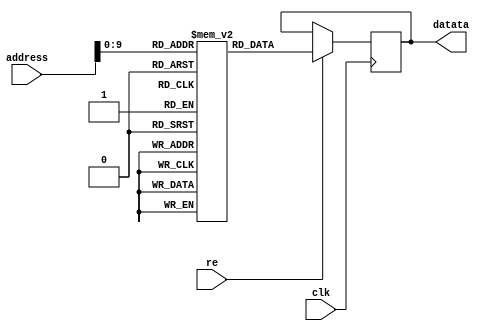
module database_weight(clk,datata,re,address);

	parameter SIZE=0;

	input 							clk; 		// clock
	output	reg	signed	[SIZE-1:0]	datata;		// read data
	input 							re; 		// read signal, write signal 
	input 				[15:0] 		address;	// read address from database_weight to RAM

   
	reg signed [SIZE-1:0] storage [989:0];

	initial begin
//conv1.depthwise.depthwise.weight
storage[0] = -14'b00_00100101110;
storage[1] = 14'b00_01000101001;
storage[2] = 14'b00_01001010101;
storage[3] = 14'b00_01001110011;
storage[4] = 14'b00_01100101101;
storage[5] = -14'b00_00101110000;
storage[6] = -14'b00_01010100111;
storage[7] = 14'b00_01001111001;
storage[8] = -14'b00_00101101001;
//conv1.pointwise.pointwise.weight
storage[9] = 14'b00_00111010010;
storage[10] = -14'b01_00000100110;
storage[11] = 14'b00_11010001101;
//DB1.denseblock.0.dense_conv.depth
storage[12] = -14'b00_01000100010;
storage[13] = 14'b00_01101111001;
storage[14] = 14'b00_01000100001;
storage[15] = -14'b00_00111010000;
storage[16] = 14'b00_01011111011;
storage[17] = -14'b00_01001000001;
storage[18] = -14'b00_00011011101;
storage[19] = 14'b00_00000011001;
storage[20] = -14'b00_00010110000;
storage[21] = -14'b00_01010011101;
storage[22] = 14'b00_01000001001;
storage[23] = 14'b00_01110100101;
storage[24] = -14'b00_01010000110;
storage[25] = -14'b00_11010110000;
storage[26] = -14'b00_01111000000;
storage[27] = 14'b00_01101100111;
storage[28] = -14'b00_01010000000;
storage[29] = 14'b00_00101101100;
storage[30] = -14'b00_01010110100;
storage[31] = -14'b00_00100001100;
storage[32] = 14'b00_00110000101;
storage[33] = -14'b00_00000100011;
storage[34] = -14'b00_01000011001;
storage[35] = -14'b00_00010001000;
storage[36] = -14'b00_01100111110;
storage[37] = -14'b00_00100011110;
storage[38] = -14'b00_01001010010;
//DB1.denseblock.0.dense_conv.point
storage[39] = 14'b00_00001011111;
storage[40] = 14'b00_10010100000;
storage[41] = -14'b00_10001100101;
storage[42] = -14'b01_11010000000;
storage[43] = 14'b00_11000110101;
storage[44] = -14'b00_00011001101;
storage[45] = 14'b00_11101100101;
storage[46] = -14'b00_01011010010;
storage[47] = 14'b00_00111111010;
//DB1.denseblock.1.dense_conv.depth
storage[48] = 14'b00_01001011110;
storage[49] = 14'b00_00001001101;
storage[50] = 14'b00_00111101011;
storage[51] = 14'b00_01101000110;
storage[52] = -14'b00_00001010011;
storage[53] = 14'b00_00001000101;
storage[54] = -14'b00_00010101011;
storage[55] = 14'b00_00101111000;
storage[56] = 14'b00_00110100111;
storage[57] = -14'b00_00010110011;
storage[58] = 14'b00_00010010001;
storage[59] = 14'b01_01101010110;
storage[60] = -14'b00_00001100001;
storage[61] = 14'b00_00110101101;
storage[62] = 14'b00_00001001000;
storage[63] = 14'b00_11000111110;
storage[64] = 14'b00_10110111010;
storage[65] = 14'b00_11000010000;
storage[66] = 14'b00_01010000111;
storage[67] = 14'b00_10010111001;
storage[68] = -14'b00_00000111001;
storage[69] = 14'b00_10001110010;
storage[70] = 14'b00_00001001111;
storage[71] = -14'b00_00101111101;
storage[72] = 14'b00_00100110001;
storage[73] = 14'b00_01001100010;
storage[74] = 14'b00_00011001101;
storage[75] = 14'b00_01001010010;
storage[76] = 14'b00_00000101101;
storage[77] = -14'b00_00101010101;
storage[78] = 14'b00_01010100110;
storage[79] = 14'b00_00100011000;
storage[80] = 14'b00_00000010010;
storage[81] = 14'b00_00111110110;
storage[82] = 14'b00_00001110111;
storage[83] = 14'b00_01011101010;
storage[84] = -14'b00_00110101011;
storage[85] = -14'b00_00111110100;
storage[86] = -14'b00_00101101111;
storage[87] = -14'b00_01011010110;
storage[88] = 14'b00_00011100101;
storage[89] = -14'b00_01111001010;
storage[90] = 14'b00_00011111011;
storage[91] = -14'b00_00010001110;
storage[92] = -14'b00_01000000101;
storage[93] = 14'b00_01000110011;
storage[94] = 14'b00_00001111111;
storage[95] = 14'b01_00000010110;
storage[96] = -14'b00_00000111001;
storage[97] = 14'b00_00011100000;
storage[98] = 14'b00_10110110011;
storage[99] = 14'b00_00110011011;
storage[100] = 14'b00_01100101011;
storage[101] = 14'b00_11110010101;
//DB1.denseblock.1.dense_conv.point
storage[102] = -14'b00_00001101010;
storage[103] = 14'b00_10010011111;
storage[104] = 14'b00_00111011111;
storage[105] = 14'b00_00110011001;
storage[106] = -14'b00_10010001001;
storage[107] = 14'b00_10011011111;
storage[108] = 14'b00_01111001111;
storage[109] = -14'b10_00010100000;
storage[110] = 14'b00_01011111111;
storage[111] = 14'b00_01011101011;
storage[112] = 14'b00_00110011101;
storage[113] = -14'b00_01010010100;
storage[114] = 14'b00_00011011000;
storage[115] = -14'b00_01000110010;
storage[116] = 14'b00_01101011001;
storage[117] = -14'b00_00000110000;
storage[118] = -14'b00_01110000110;
storage[119] = -14'b01_01000100000;
//DB1.denseblock.2.dense_conv.depth
storage[120] = -14'b00_11111010100;
storage[121] = -14'b00_00011111000;
storage[122] = 14'b00_11010110011;
storage[123] = 14'b00_00111001110;
storage[124] = -14'b00_00001010101;
storage[125] = 14'b00_01011011001;
storage[126] = -14'b00_11001100101;
storage[127] = -14'b01_00111001100;
storage[128] = -14'b00_00010100011;
storage[129] = 14'b00_01111110010;
storage[130] = 14'b00_01110111010;
storage[131] = -14'b00_00000011111;
storage[132] = 14'b00_11000110101;
storage[133] = -14'b00_00101100101;
storage[134] = -14'b00_10110000001;
storage[135] = 14'b00_01111110001;
storage[136] = -14'b00_01100100010;
storage[137] = -14'b00_00110110100;
storage[138] = 14'b00_00011100100;
storage[139] = 14'b00_01000110100;
storage[140] = -14'b00_00111001111;
storage[141] = 14'b00_01000010001;
storage[142] = -14'b00_01000001111;
storage[143] = -14'b00_01001000011;
storage[144] = 14'b00_00011110010;
storage[145] = -14'b00_00110110111;
storage[146] = -14'b00_01110101101;
storage[147] = -14'b00_00111010111;
storage[148] = 14'b00_00111011100;
storage[149] = 14'b00_00010101011;
storage[150] = -14'b00_00111111100;
storage[151] = 14'b00_01100000101;
storage[152] = 14'b00_01100110111;
storage[153] = 14'b00_00100000000;
storage[154] = 14'b00_00100010001;
storage[155] = 14'b00_00010101011;
storage[156] = 14'b00_01100100111;
storage[157] = -14'b00_01100010011;
storage[158] = -14'b00_00100001000;
storage[159] = -14'b00_10001110111;
storage[160] = -14'b00_01000101000;
storage[161] = -14'b00_01110100111;
storage[162] = -14'b00_11010000111;
storage[163] = 14'b00_00110111100;
storage[164] = -14'b00_01100011101;
storage[165] = -14'b00_11110110110;
storage[166] = -14'b00_10000111100;
storage[167] = -14'b00_10100100111;
storage[168] = -14'b01_00000110100;
storage[169] = -14'b00_10101101110;
storage[170] = -14'b00_11011000010;
storage[171] = -14'b00_10100000111;
storage[172] = -14'b01_00111101000;
storage[173] = -14'b01_01001001010;
storage[174] = 14'b00_00111011000;
storage[175] = -14'b00_00111000001;
storage[176] = 14'b00_01001001100;
storage[177] = 14'b00_00001010010;
storage[178] = -14'b00_00000111110;
storage[179] = -14'b00_01011010010;
storage[180] = 14'b00_00100100100;
storage[181] = 14'b00_00100111010;
storage[182] = 14'b00_00111000010;
storage[183] = -14'b00_00111111111;
storage[184] = 14'b00_00101110000;
storage[185] = -14'b00_00011011010;
storage[186] = -14'b00_00001011001;
storage[187] = 14'b00_00000001000;
storage[188] = -14'b00_00000000010;
storage[189] = -14'b00_00110101000;
storage[190] = 14'b00_00100001110;
storage[191] = -14'b00_01010100011;
storage[192] = 14'b00_00001100110;
storage[193] = 14'b00_00101111100;
storage[194] = 14'b00_00110100100;
storage[195] = -14'b00_00110001100;
storage[196] = 14'b00_00010001001;
storage[197] = 14'b00_01010010010;
storage[198] = -14'b00_00000101111;
storage[199] = -14'b00_00110101100;
storage[200] = 14'b00_00111010000;
//DB1.denseblock.2.dense_conv.point
storage[201] = -14'b00_01101110001;
storage[202] = 14'b00_11000000000;
storage[203] = -14'b00_10010010000;
storage[204] = 14'b00_00100011000;
storage[205] = -14'b00_01010010010;
storage[206] = -14'b00_00111100001;
storage[207] = -14'b00_00110000000;
storage[208] = -14'b00_00010000000;
storage[209] = 14'b00_00010010101;
storage[210] = -14'b00_01001110101;
storage[211] = -14'b00_00101111010;
storage[212] = 14'b00_00010111011;
storage[213] = 14'b00_00000010100;
storage[214] = -14'b00_00101011110;
storage[215] = 14'b01_00010001010;
storage[216] = 14'b00_01000000011;
storage[217] = -14'b00_01000000100;
storage[218] = -14'b00_00001010010;
storage[219] = 14'b00_00000111110;
storage[220] = 14'b00_00011000000;
storage[221] = -14'b00_00101110100;
storage[222] = 14'b00_00010111110;
storage[223] = 14'b00_00010010011;
storage[224] = 14'b00_10001110110;
storage[225] = -14'b00_01110000010;
storage[226] = -14'b00_01011110101;
storage[227] = -14'b00_11100100110;
//conv1_1.depthwise.depthwise.weigh
storage[228] = 14'b00_01001110110;
storage[229] = -14'b00_00110010101;
storage[230] = -14'b00_00100110100;
storage[231] = 14'b00_01010111101;
storage[232] = 14'b00_01101111011;
storage[233] = -14'b00_00101011000;
storage[234] = 14'b00_01010111100;
storage[235] = 14'b00_00101000011;
storage[236] = 14'b00_00111010101;
//conv1_1.pointwise.pointwise.weigh
storage[237] = 14'b00_01101000100;
storage[238] = 14'b00_01111010010;
storage[239] = -14'b01_01010001010;
//DB2.denseblock.0.dense_conv.depth
storage[240] = 14'b00_01001110001;
storage[241] = -14'b00_00011000000;
storage[242] = 14'b00_00011011010;
storage[243] = 14'b00_00011100101;
storage[244] = -14'b00_00010110011;
storage[245] = 14'b00_00110101111;
storage[246] = -14'b00_00000111110;
storage[247] = 14'b00_01100110100;
storage[248] = 14'b00_00101011001;
storage[249] = 14'b00_00000110011;
storage[250] = -14'b00_00111011111;
storage[251] = 14'b00_01110001111;
storage[252] = -14'b00_00110010111;
storage[253] = -14'b00_01011001000;
storage[254] = -14'b00_01001110011;
storage[255] = -14'b00_01100011000;
storage[256] = 14'b00_00110010101;
storage[257] = -14'b00_00100001100;
storage[258] = -14'b00_10001010111;
storage[259] = -14'b00_01101101110;
storage[260] = 14'b00_00111010000;
storage[261] = -14'b00_11000100011;
storage[262] = 14'b00_00001000100;
storage[263] = -14'b00_01110001010;
storage[264] = -14'b01_00001010100;
storage[265] = -14'b00_00111101001;
storage[266] = -14'b00_01011011101;
//DB2.denseblock.0.dense_conv.point
storage[267] = 14'b00_01101001001;
storage[268] = 14'b00_01101000111;
storage[269] = 14'b00_11011011010;
storage[270] = 14'b00_01001110111;
storage[271] = -14'b00_01101111010;
storage[272] = -14'b00_00101001011;
storage[273] = -14'b00_00111000011;
storage[274] = -14'b00_10001001010;
storage[275] = 14'b00_00000111001;
//DB2.denseblock.1.dense_conv.depth
storage[276] = 14'b00_01110011111;
storage[277] = -14'b00_00100001011;
storage[278] = 14'b00_01100110100;
storage[279] = 14'b00_01101010111;
storage[280] = 14'b00_00110011001;
storage[281] = -14'b00_00100101001;
storage[282] = -14'b00_00011000110;
storage[283] = 14'b00_01000111101;
storage[284] = 14'b00_01000011010;
storage[285] = 14'b00_00101001100;
storage[286] = -14'b00_01000001001;
storage[287] = -14'b00_00011101101;
storage[288] = 14'b00_00110000100;
storage[289] = -14'b00_00101101110;
storage[290] = 14'b00_01110110001;
storage[291] = -14'b00_00010111010;
storage[292] = -14'b00_00101001110;
storage[293] = 14'b00_01010111100;
storage[294] = -14'b01_00010001000;
storage[295] = -14'b00_01101001100;
storage[296] = 14'b00_00110000100;
storage[297] = 14'b00_00110001111;
storage[298] = -14'b00_01011100000;
storage[299] = 14'b00_01111100000;
storage[300] = 14'b00_01001100000;
storage[301] = 14'b00_10000010110;
storage[302] = -14'b00_01010001101;
storage[303] = -14'b00_00010011110;
storage[304] = 14'b01_00101001110;
storage[305] = 14'b00_11000010001;
storage[306] = -14'b00_10101000101;
storage[307] = 14'b00_10011111001;
storage[308] = 14'b00_01001111110;
storage[309] = -14'b00_00100100000;
storage[310] = 14'b01_01101100110;
storage[311] = 14'b00_11111111100;
storage[312] = -14'b00_00011100011;
storage[313] = 14'b00_00010101110;
storage[314] = -14'b00_00100111000;
storage[315] = 14'b00_00001110110;
storage[316] = -14'b00_01001100111;
storage[317] = 14'b00_00111110100;
storage[318] = 14'b00_00101001100;
storage[319] = -14'b00_00011110100;
storage[320] = -14'b00_00111011001;
storage[321] = 14'b00_00110100000;
storage[322] = 14'b00_00101101001;
storage[323] = 14'b00_00100011001;
storage[324] = 14'b00_00011111100;
storage[325] = 14'b00_00010010010;
storage[326] = 14'b00_00111011000;
storage[327] = 14'b00_00001010001;
storage[328] = -14'b00_00000101101;
storage[329] = -14'b00_00101101011;
//DB2.denseblock.1.dense_conv.point
storage[330] = -14'b00_00010101010;
storage[331] = 14'b00_01011110000;
storage[332] = 14'b00_01100100011;
storage[333] = -14'b00_00000111110;
storage[334] = -14'b00_01000111011;
storage[335] = -14'b00_00011011100;
storage[336] = 14'b00_01000000011;
storage[337] = 14'b00_00100111100;
storage[338] = -14'b00_10110010010;
storage[339] = 14'b01_00110111000;
storage[340] = 14'b00_01100011110;
storage[341] = -14'b00_00000010101;
storage[342] = 14'b00_01001011000;
storage[343] = 14'b00_00111111111;
storage[344] = 14'b00_01101111001;
storage[345] = 14'b10_01000101100;
storage[346] = -14'b00_01101111001;
storage[347] = 14'b00_00100100111;
//DB2.denseblock.2.dense_conv.depth
storage[348] = 14'b00_00011111101;
storage[349] = 14'b00_01001011100;
storage[350] = 14'b00_01011011001;
storage[351] = -14'b00_00111111110;
storage[352] = -14'b00_00101000000;
storage[353] = 14'b00_00100111111;
storage[354] = 14'b00_00101010010;
storage[355] = -14'b00_00100110001;
storage[356] = 14'b00_00000000110;
storage[357] = -14'b00_00111010011;
storage[358] = -14'b00_00011101100;
storage[359] = -14'b00_00001001100;
storage[360] = -14'b00_00011010111;
storage[361] = 14'b00_00011010101;
storage[362] = 14'b00_00001010000;
storage[363] = -14'b00_01000000001;
storage[364] = -14'b00_00111101111;
storage[365] = -14'b00_01010010101;
storage[366] = 14'b00_00110000010;
storage[367] = 14'b00_10101100101;
storage[368] = 14'b00_10011101011;
storage[369] = 14'b00_00011111000;
storage[370] = -14'b00_00001101010;
storage[371] = 14'b00_01110110000;
storage[372] = -14'b00_01010001010;
storage[373] = -14'b00_11100111010;
storage[374] = 14'b00_00010001101;
storage[375] = -14'b00_11000011010;
storage[376] = 14'b00_01001000011;
storage[377] = -14'b00_10001111111;
storage[378] = -14'b00_01110011011;
storage[379] = 14'b00_01110101000;
storage[380] = -14'b00_10110010111;
storage[381] = -14'b00_00101010101;
storage[382] = 14'b00_01001101000;
storage[383] = -14'b00_01110001000;
storage[384] = -14'b00_00001011111;
storage[385] = 14'b00_00110110001;
storage[386] = 14'b00_00010000100;
storage[387] = -14'b00_01001011101;
storage[388] = -14'b00_00100111000;
storage[389] = 14'b00_00001111011;
storage[390] = -14'b00_00100100001;
storage[391] = 14'b00_01000001001;
storage[392] = -14'b00_01010100110;
storage[393] = 14'b00_00101101011;
storage[394] = -14'b00_00011101100;
storage[395] = 14'b00_01000111110;
storage[396] = -14'b00_00111110010;
storage[397] = -14'b00_00010100010;
storage[398] = -14'b00_01000001101;
storage[399] = 14'b00_01000110010;
storage[400] = 14'b00_00110000111;
storage[401] = -14'b00_00010101000;
storage[402] = -14'b00_01101111001;
storage[403] = -14'b00_10000011110;
storage[404] = 14'b00_01001000110;
storage[405] = -14'b00_00000100000;
storage[406] = -14'b00_11101001011;
storage[407] = 14'b00_01111110000;
storage[408] = 14'b00_01100111110;
storage[409] = -14'b00_00101101100;
storage[410] = 14'b00_10111110101;
storage[411] = 14'b00_01010110011;
storage[412] = -14'b00_00001010111;
storage[413] = 14'b00_01010111010;
storage[414] = -14'b00_00001010010;
storage[415] = 14'b00_00001111010;
storage[416] = 14'b00_01001111011;
storage[417] = 14'b00_00001010101;
storage[418] = -14'b00_00100001101;
storage[419] = 14'b00_00100011010;
storage[420] = -14'b00_01001100011;
storage[421] = -14'b00_00110101010;
storage[422] = 14'b00_00101101111;
storage[423] = 14'b00_00011110001;
storage[424] = 14'b00_00110101110;
storage[425] = 14'b00_01010001100;
storage[426] = -14'b00_00000100101;
storage[427] = -14'b00_00110011110;
storage[428] = -14'b00_00011010100;
//DB2.denseblock.2.dense_conv.point
storage[429] = 14'b00_01010011001;
storage[430] = -14'b00_00001000100;
storage[431] = -14'b00_10101010100;
storage[432] = 14'b00_10101101111;
storage[433] = 14'b00_00101010000;
storage[434] = -14'b00_00010110000;
storage[435] = -14'b00_11111101010;
storage[436] = 14'b00_00011111110;
storage[437] = 14'b00_11000001000;
storage[438] = -14'b00_00010010000;
storage[439] = -14'b00_00011001101;
storage[440] = 14'b01_00011000010;
storage[441] = -14'b01_00000000110;
storage[442] = -14'b00_00110000000;
storage[443] = 14'b00_00010000011;
storage[444] = 14'b00_01111010000;
storage[445] = 14'b00_01001100001;
storage[446] = -14'b00_00001001000;
storage[447] = -14'b00_00100000011;
storage[448] = -14'b00_00101010100;
storage[449] = 14'b01_10101000110;
storage[450] = -14'b00_01101110101;
storage[451] = -14'b00_00100110011;
storage[452] = 14'b00_00110101011;
storage[453] = -14'b00_11001100010;
storage[454] = 14'b00_00110101101;
storage[455] = 14'b00_11010100101;
//conv2.depthwise.depthwise.weight
storage[456] = -14'b00_00011100110;
storage[457] = 14'b00_01101001100;
storage[458] = 14'b00_01011001001;
storage[459] = 14'b00_01011001011;
storage[460] = -14'b00_00001101010;
storage[461] = 14'b00_00010001110;
storage[462] = 14'b00_00111000111;
storage[463] = -14'b00_00000111011;
storage[464] = 14'b00_00101000011;
storage[465] = -14'b00_00100101011;
storage[466] = 14'b00_00111001011;
storage[467] = 14'b00_01000101111;
storage[468] = -14'b00_00010011111;
storage[469] = -14'b00_00111111100;
storage[470] = 14'b00_01101001000;
storage[471] = -14'b00_00001011110;
storage[472] = -14'b00_00010101111;
storage[473] = -14'b00_00100011111;
storage[474] = -14'b00_01000111110;
storage[475] = -14'b00_01101111001;
storage[476] = -14'b00_01000010100;
storage[477] = -14'b00_01001110111;
storage[478] = 14'b01_01000100100;
storage[479] = -14'b00_00110101011;
storage[480] = -14'b00_00001111101;
storage[481] = -14'b01_00010111010;
storage[482] = 14'b00_00101011011;
storage[483] = -14'b00_00011101111;
storage[484] = -14'b00_00001110101;
storage[485] = -14'b00_01000001010;
storage[486] = -14'b00_00010101010;
storage[487] = -14'b00_01010100001;
storage[488] = -14'b00_01001000110;
storage[489] = -14'b00_00011100100;
storage[490] = 14'b00_00010101111;
storage[491] = 14'b00_00100101001;
storage[492] = 14'b00_01000011100;
storage[493] = -14'b00_01001101101;
storage[494] = 14'b00_01010011100;
storage[495] = 14'b00_00011110100;
storage[496] = 14'b00_00011110011;
storage[497] = -14'b00_00011110110;
storage[498] = -14'b00_01011111010;
storage[499] = -14'b00_00011000110;
storage[500] = -14'b00_00010111001;
storage[501] = -14'b00_01000001100;
storage[502] = -14'b00_00001110111;
storage[503] = -14'b00_01001111111;
storage[504] = 14'b00_00101101011;
storage[505] = -14'b00_00010111111;
storage[506] = -14'b00_00001000100;
storage[507] = 14'b00_00110001001;
storage[508] = 14'b00_00011100001;
storage[509] = 14'b00_00101010101;
storage[510] = -14'b00_00010010011;
storage[511] = -14'b00_01100100010;
storage[512] = -14'b00_00110001010;
storage[513] = 14'b00_00011000000;
storage[514] = -14'b00_00101011110;
storage[515] = -14'b00_01010001110;
storage[516] = 14'b00_00101000101;
storage[517] = -14'b00_01010000001;
storage[518] = 14'b00_01000100100;
storage[519] = -14'b00_00001110100;
storage[520] = -14'b00_00100011110;
storage[521] = -14'b00_10010001010;
storage[522] = 14'b00_01011011111;
storage[523] = 14'b00_01110111010;
storage[524] = -14'b00_00100101110;
storage[525] = 14'b00_00001010110;
storage[526] = -14'b00_00010000101;
storage[527] = 14'b00_00101100111;
storage[528] = -14'b00_00011101011;
storage[529] = -14'b00_01101101111;
storage[530] = -14'b00_10001011101;
storage[531] = -14'b00_01000011010;
storage[532] = 14'b00_00010111000;
storage[533] = -14'b00_01010110111;
storage[534] = 14'b00_00000001010;
storage[535] = 14'b00_00001001000;
storage[536] = -14'b00_01001101000;
storage[537] = -14'b00_00101000010;
storage[538] = -14'b00_01111100011;
storage[539] = 14'b00_00000011001;
storage[540] = -14'b00_00101011100;
storage[541] = -14'b00_00110001101;
storage[542] = 14'b00_00110100100;
storage[543] = -14'b00_00000101101;
storage[544] = 14'b00_00010101110;
storage[545] = 14'b00_00100001010;
storage[546] = 14'b00_00101101100;
storage[547] = 14'b00_00011000011;
storage[548] = 14'b00_00010111000;
storage[549] = 14'b00_00100100101;
storage[550] = 14'b00_01000110010;
storage[551] = -14'b00_00110111010;
storage[552] = 14'b00_01110110000;
storage[553] = 14'b00_00111110000;
storage[554] = -14'b00_00000110110;
storage[555] = -14'b00_00110110100;
storage[556] = 14'b00_00101001100;
storage[557] = 14'b00_00110100000;
storage[558] = -14'b00_01000101001;
storage[559] = -14'b00_00010101101;
storage[560] = -14'b00_00111010011;
storage[561] = -14'b00_00010000111;
storage[562] = -14'b00_00100111010;
storage[563] = 14'b00_00000000110;
//conv2.pointwise.pointwise.weight
storage[564] = 14'b00_00100001100;
storage[565] = -14'b00_10000010101;
storage[566] = 14'b00_00101100010;
storage[567] = -14'b00_01010100101;
storage[568] = 14'b00_00000101001;
storage[569] = -14'b00_00001111100;
storage[570] = -14'b00_01001001101;
storage[571] = 14'b00_10101111110;
storage[572] = 14'b00_01010001101;
storage[573] = -14'b00_00000100001;
storage[574] = -14'b00_10100000111;
storage[575] = -14'b00_01010010100;
storage[576] = -14'b00_00000000000;
storage[577] = -14'b00_00011110000;
storage[578] = 14'b00_00010110011;
storage[579] = 14'b00_01001100101;
storage[580] = -14'b00_00011001111;
storage[581] = 14'b00_00101011001;
storage[582] = -14'b00_00001010001;
storage[583] = -14'b00_00100110101;
storage[584] = -14'b00_00001100110;
storage[585] = 14'b00_00001111110;
storage[586] = 14'b00_00010001001;
storage[587] = -14'b00_01001100101;
storage[588] = 14'b00_01000001110;
storage[589] = 14'b00_01001111100;
storage[590] = 14'b00_00000100010;
storage[591] = -14'b00_01000100110;
storage[592] = 14'b00_00101011001;
storage[593] = -14'b00_00010000010;
storage[594] = -14'b00_00000101110;
storage[595] = -14'b00_00100101000;
storage[596] = -14'b00_00010101110;
storage[597] = -14'b00_01000111011;
storage[598] = -14'b00_00111011001;
storage[599] = 14'b00_00011111101;
storage[600] = 14'b00_00010100111;
storage[601] = 14'b00_01010100000;
storage[602] = -14'b00_01000000011;
storage[603] = -14'b00_00111000110;
storage[604] = 14'b00_00110000100;
storage[605] = -14'b00_01111110000;
storage[606] = -14'b00_00111001110;
storage[607] = 14'b00_00100111011;
storage[608] = -14'b00_01001000010;
storage[609] = 14'b00_00110111110;
storage[610] = -14'b00_00110100001;
storage[611] = -14'b00_00100001111;
storage[612] = 14'b00_01010110001;
storage[613] = -14'b00_00110011100;
storage[614] = 14'b00_00000010111;
storage[615] = -14'b00_00001111010;
storage[616] = 14'b00_00001010111;
storage[617] = -14'b00_01101010111;
storage[618] = -14'b00_00111001100;
storage[619] = 14'b00_00010000101;
storage[620] = 14'b00_00101011111;
storage[621] = -14'b00_01000011001;
storage[622] = -14'b00_01100010001;
storage[623] = 14'b00_01001000000;
storage[624] = -14'b00_00100001111;
storage[625] = -14'b00_01001101101;
storage[626] = -14'b00_00001110001;
storage[627] = -14'b00_00100010010;
storage[628] = 14'b00_00010100001;
storage[629] = 14'b00_00100011011;
storage[630] = -14'b00_00001101100;
storage[631] = -14'b00_00101000001;
storage[632] = -14'b00_01010000101;
storage[633] = 14'b00_10000110000;
storage[634] = 14'b00_00000101000;
storage[635] = -14'b00_00101010110;
storage[636] = -14'b00_00000011100;
storage[637] = 14'b00_01010010000;
storage[638] = 14'b00_00000010100;
storage[639] = -14'b00_00011010011;
storage[640] = -14'b00_00011101000;
storage[641] = 14'b00_00010000000;
storage[642] = -14'b00_00101100001;
storage[643] = -14'b00_00001111010;
storage[644] = -14'b00_00011000101;
storage[645] = -14'b00_01001100101;
storage[646] = -14'b00_00010011000;
storage[647] = 14'b00_00011111110;
storage[648] = 14'b00_10111011111;
storage[649] = 14'b10_01010110100;
storage[650] = 14'b10_00101111100;
storage[651] = -14'b01_00010101110;
storage[652] = -14'b10_00100110000;
storage[653] = -14'b01_00011100000;
storage[654] = -14'b01_00011100000;
storage[655] = -14'b00_10110010011;
storage[656] = -14'b00_00010010010;
storage[657] = -14'b01_10101000110;
storage[658] = 14'b00_00111101011;
storage[659] = 14'b00_11011111000;
storage[660] = 14'b00_00110101000;
storage[661] = 14'b00_00101011101;
storage[662] = -14'b00_00111110111;
storage[663] = -14'b00_01000000110;
storage[664] = 14'b00_00111011111;
storage[665] = -14'b00_00010010100;
storage[666] = -14'b00_01000111100;
storage[667] = -14'b00_00000000101;
storage[668] = -14'b00_01010010100;
storage[669] = -14'b00_01010101100;
storage[670] = 14'b00_00010110100;
storage[671] = 14'b00_00100111111;
storage[672] = 14'b00_01000011101;
storage[673] = 14'b00_01001101101;
storage[674] = -14'b00_00100010001;
storage[675] = -14'b00_01000111110;
storage[676] = 14'b00_00000001000;
storage[677] = -14'b00_01011000010;
storage[678] = -14'b00_00101101110;
storage[679] = 14'b00_00111111011;
storage[680] = 14'b00_00110011011;
storage[681] = -14'b00_00110110110;
storage[682] = -14'b00_00010110101;
storage[683] = 14'b00_00000110000;
storage[684] = 14'b00_01010011101;
storage[685] = 14'b00_01010100000;
storage[686] = 14'b00_00011100101;
storage[687] = -14'b00_00111101100;
storage[688] = -14'b00_00100111011;
storage[689] = -14'b00_00010111001;
storage[690] = -14'b00_01011101011;
storage[691] = -14'b00_00001110110;
storage[692] = 14'b00_00100110110;
storage[693] = -14'b00_00101111111;
storage[694] = -14'b00_01101101110;
storage[695] = 14'b00_00001000011;
storage[696] = 14'b00_00100110010;
storage[697] = 14'b00_00101001111;
storage[698] = -14'b00_00100100000;
storage[699] = -14'b00_00001111001;
storage[700] = 14'b00_01000011011;
storage[701] = -14'b00_00011100000;
storage[702] = 14'b00_00000011000;
storage[703] = 14'b00_01000111110;
storage[704] = -14'b00_01010010011;
storage[705] = -14'b00_00001011010;
storage[706] = -14'b00_00111010100;
storage[707] = 14'b00_01000101100;
//conv3.depthwise.depthwise.weight
storage[708] = 14'b00_00010111101;
storage[709] = 14'b01_11011001000;
storage[710] = 14'b00_10001110101;
storage[711] = 14'b01_10100011000;
storage[712] = 14'b10_00011101000;
storage[713] = 14'b00_00111111000;
storage[714] = 14'b00_01010111110;
storage[715] = 14'b01_00110010000;
storage[716] = -14'b01_10000101100;
storage[717] = -14'b00_00101110100;
storage[718] = 14'b00_00000001000;
storage[719] = -14'b00_10001000111;
storage[720] = -14'b00_01100101011;
storage[721] = -14'b00_10001110011;
storage[722] = -14'b00_00111100000;
storage[723] = -14'b00_01100101000;
storage[724] = -14'b00_00010010111;
storage[725] = -14'b00_00000011001;
storage[726] = -14'b00_01110110010;
storage[727] = -14'b00_00011101010;
storage[728] = -14'b00_00101011100;
storage[729] = -14'b00_01001101000;
storage[730] = -14'b00_01101111101;
storage[731] = -14'b00_00101010100;
storage[732] = -14'b00_00110110001;
storage[733] = -14'b00_00100101111;
storage[734] = 14'b00_00010111000;
storage[735] = 14'b00_00000111010;
storage[736] = -14'b00_01011000011;
storage[737] = 14'b00_00001111101;
storage[738] = 14'b00_00100001001;
storage[739] = -14'b00_00011001111;
storage[740] = 14'b00_00001001100;
storage[741] = -14'b00_00101001110;
storage[742] = 14'b00_00001001011;
storage[743] = -14'b00_01011011000;
storage[744] = -14'b00_00110111010;
storage[745] = 14'b00_00011100101;
storage[746] = -14'b00_01110000100;
storage[747] = -14'b00_00111000111;
storage[748] = -14'b00_00100010110;
storage[749] = -14'b00_00011010001;
storage[750] = -14'b00_00011011101;
storage[751] = 14'b00_00010110101;
storage[752] = -14'b00_01001011001;
storage[753] = -14'b00_00110000100;
storage[754] = 14'b00_10000010011;
storage[755] = 14'b00_01010110010;
storage[756] = 14'b00_01000011001;
storage[757] = 14'b00_01110010100;
storage[758] = -14'b00_00010010100;
storage[759] = 14'b00_10000110001;
storage[760] = 14'b00_00000100001;
storage[761] = -14'b00_01101110111;
storage[762] = 14'b00_00010010001;
storage[763] = 14'b00_00100010001;
storage[764] = -14'b00_01000110111;
storage[765] = 14'b00_00001110010;
storage[766] = 14'b00_01000010010;
storage[767] = -14'b00_00111110000;
storage[768] = 14'b00_01111001000;
storage[769] = 14'b00_01111110010;
storage[770] = 14'b00_00111100001;
storage[771] = -14'b00_00000101101;
storage[772] = -14'b00_01101000100;
storage[773] = 14'b00_01001011000;
storage[774] = -14'b00_00001000000;
storage[775] = -14'b00_10010111000;
storage[776] = -14'b00_10000110010;
storage[777] = 14'b00_10000100100;
storage[778] = 14'b00_00001100011;
storage[779] = 14'b00_10101010010;
storage[780] = 14'b00_00011100000;
storage[781] = -14'b00_01101000011;
storage[782] = 14'b00_00000100001;
storage[783] = -14'b00_00110111000;
storage[784] = 14'b00_00000101001;
storage[785] = -14'b00_00000110010;
storage[786] = -14'b00_00000001000;
storage[787] = -14'b00_01001111110;
storage[788] = -14'b00_01001110111;
storage[789] = -14'b00_00001100100;
storage[790] = 14'b00_00100101110;
storage[791] = 14'b00_01110001101;
storage[792] = 14'b00_01000110011;
storage[793] = 14'b00_01000011110;
storage[794] = -14'b00_00001000001;
storage[795] = -14'b00_00001101101;
storage[796] = -14'b00_00010011111;
storage[797] = 14'b00_01011101011;
storage[798] = 14'b00_00000001011;
storage[799] = -14'b00_01011100110;
storage[800] = 14'b00_00100111011;
storage[801] = -14'b00_00000000110;
storage[802] = 14'b00_00001111100;
storage[803] = -14'b00_01110100110;
storage[804] = -14'b00_01101110000;
storage[805] = -14'b00_01101000100;
storage[806] = -14'b00_01010110100;
storage[807] = -14'b00_01001110110;
storage[808] = -14'b00_00100000011;
storage[809] = -14'b00_01011111001;
storage[810] = 14'b00_00001110100;
storage[811] = -14'b00_01000101100;
storage[812] = -14'b00_01100100110;
storage[813] = -14'b00_00111101011;
storage[814] = -14'b00_01010110101;
storage[815] = -14'b00_01010100100;
//conv3.pointwise.pointwise.weight
storage[816] = 14'b00_10100011010;
storage[817] = -14'b00_01000111110;
storage[818] = 14'b00_00001111010;
storage[819] = 14'b00_00010001110;
storage[820] = 14'b00_00111100110;
storage[821] = -14'b00_00100010111;
storage[822] = -14'b00_01010100001;
storage[823] = -14'b00_00111011010;
storage[824] = -14'b00_00011000010;
storage[825] = 14'b00_00000101000;
storage[826] = 14'b00_00011001011;
storage[827] = -14'b00_00110101001;
storage[828] = -14'b00_00101100010;
storage[829] = 14'b00_00011100001;
storage[830] = -14'b00_01010001010;
storage[831] = -14'b00_00011100000;
storage[832] = -14'b00_00111001000;
storage[833] = -14'b00_01000001011;
storage[834] = 14'b00_00110001000;
storage[835] = 14'b00_10000011010;
storage[836] = -14'b00_00100001000;
storage[837] = 14'b00_01010001111;
storage[838] = -14'b00_00100000000;
storage[839] = -14'b00_01001100000;
storage[840] = 14'b10_00100010000;
storage[841] = -14'b00_00110000100;
storage[842] = -14'b00_01011011010;
storage[843] = -14'b00_01011110010;
storage[844] = -14'b00_01100111001;
storage[845] = -14'b00_00110000111;
storage[846] = 14'b00_00111001010;
storage[847] = -14'b00_10111010010;
storage[848] = -14'b00_00111001100;
storage[849] = 14'b00_00101101101;
storage[850] = -14'b00_00111100010;
storage[851] = -14'b00_00011100000;
storage[852] = 14'b00_00000110110;
storage[853] = 14'b00_00100011010;
storage[854] = 14'b00_00000101111;
storage[855] = 14'b00_00010101010;
storage[856] = 14'b00_00100101000;
storage[857] = 14'b00_01111011000;
storage[858] = 14'b00_00000100000;
storage[859] = -14'b00_01101110011;
storage[860] = -14'b00_00110010000;
storage[861] = 14'b00_01010001100;
storage[862] = -14'b00_00010111100;
storage[863] = -14'b00_00101101111;
storage[864] = 14'b00_01111001100;
storage[865] = 14'b00_00001001101;
storage[866] = -14'b00_01100001000;
storage[867] = 14'b00_00001110011;
storage[868] = -14'b00_00011010011;
storage[869] = -14'b00_01101010001;
storage[870] = 14'b00_00001001011;
storage[871] = 14'b00_00010001111;
storage[872] = 14'b00_00101110000;
storage[873] = 14'b00_00111111000;
storage[874] = -14'b00_01010110011;
storage[875] = -14'b00_00010100111;
storage[876] = 14'b00_01100001100;
storage[877] = 14'b00_01011111000;
storage[878] = -14'b00_01010111100;
storage[879] = 14'b00_00100100111;
storage[880] = -14'b00_00001011100;
storage[881] = -14'b00_10011110101;
storage[882] = 14'b00_10000101010;
storage[883] = -14'b00_00101100011;
storage[884] = -14'b00_01001010100;
storage[885] = -14'b00_00000110011;
storage[886] = -14'b00_01100000110;
storage[887] = 14'b00_00010101101;
//conv4.depthwise.depthwise.weight
storage[888] = -14'b00_01101010100;
storage[889] = -14'b00_00110001100;
storage[890] = -14'b00_01011011001;
storage[891] = 14'b00_00010100010;
storage[892] = -14'b00_00110000101;
storage[893] = -14'b00_01011010111;
storage[894] = -14'b00_01010000110;
storage[895] = 14'b00_00100101000;
storage[896] = -14'b00_01111101001;
storage[897] = 14'b00_00101101111;
storage[898] = 14'b00_00011011111;
storage[899] = 14'b00_01110010001;
storage[900] = 14'b00_00111010101;
storage[901] = -14'b00_00101101001;
storage[902] = 14'b00_01110101101;
storage[903] = 14'b00_00110101000;
storage[904] = 14'b00_00011110001;
storage[905] = 14'b00_00010011101;
storage[906] = 14'b00_00111011011;
storage[907] = -14'b00_00111010110;
storage[908] = 14'b00_00111011000;
storage[909] = -14'b00_00100011010;
storage[910] = -14'b00_00101100100;
storage[911] = -14'b00_00110111010;
storage[912] = -14'b00_00100001110;
storage[913] = -14'b00_01011100010;
storage[914] = -14'b00_00000010000;
storage[915] = -14'b00_01010110110;
storage[916] = 14'b00_00100001011;
storage[917] = 14'b00_00101100110;
storage[918] = -14'b00_00101100011;
storage[919] = -14'b00_00110111101;
storage[920] = -14'b00_01010110111;
storage[921] = -14'b00_00001011011;
storage[922] = 14'b00_00011110010;
storage[923] = 14'b00_00001000000;
storage[924] = -14'b00_00101101111;
storage[925] = -14'b00_00011011110;
storage[926] = 14'b00_01000110100;
storage[927] = 14'b00_00000111011;
storage[928] = -14'b00_00001011110;
storage[929] = 14'b00_00111001001;
storage[930] = 14'b00_00101101110;
storage[931] = 14'b00_01001000011;
storage[932] = 14'b00_00010111101;
storage[933] = -14'b00_01011110000;
storage[934] = -14'b00_00001000000;
storage[935] = 14'b00_01110010100;
storage[936] = -14'b00_01000110100;
storage[937] = 14'b00_01111011110;
storage[938] = 14'b00_01010101011;
storage[939] = -14'b00_00101000010;
storage[940] = 14'b00_01110000011;
storage[941] = 14'b00_01001100100;
//conv4.pointwise.pointwise.weight
storage[942] = 14'b00_01010101111;
storage[943] = 14'b00_00111001111;
storage[944] = -14'b00_10001010010;
storage[945] = -14'b00_00010001110;
storage[946] = 14'b00_00011001000;
storage[947] = 14'b00_00100000001;
storage[948] = -14'b00_00111100101;
storage[949] = 14'b00_00100010101;
storage[950] = 14'b00_00110000011;
storage[951] = 14'b00_01011111111;
storage[952] = -14'b00_01010000000;
storage[953] = 14'b00_00110101000;
storage[954] = 14'b00_01110100101;
storage[955] = 14'b00_01010100101;
storage[956] = -14'b00_10001101001;
storage[957] = -14'b00_01001000110;
storage[958] = 14'b00_00111110110;
storage[959] = 14'b00_10110000110;
//conv5.depthwise.depthwise.weight
storage[960] = -14'b00_01000111011;
storage[961] = -14'b00_01011011000;
storage[962] = 14'b00_00111101010;
storage[963] = -14'b00_01110001010;
storage[964] = -14'b00_01101010000;
storage[965] = -14'b00_00110101010;
storage[966] = -14'b00_00111111001;
storage[967] = -14'b00_01110111100;
storage[968] = -14'b00_00001110000;
storage[969] = 14'b00_10011001001;
storage[970] = 14'b00_01001001110;
storage[971] = 14'b00_00110010000;
storage[972] = -14'b00_01011110011;
storage[973] = -14'b00_01000000100;
storage[974] = -14'b00_00110010010;
storage[975] = -14'b00_00010001000;
storage[976] = 14'b00_00101010010;
storage[977] = 14'b00_00010110001;
storage[978] = 14'b00_00111100110;
storage[979] = -14'b00_01010000101;
storage[980] = 14'b00_00001011101;
storage[981] = -14'b00_00101010000;
storage[982] = -14'b00_01010100101;
storage[983] = 14'b00_00101001101;
storage[984] = -14'b00_01001111110;
storage[985] = -14'b00_01011101111;
storage[986] = 14'b00_00011101000;
//conv5.pointwise.pointwise.weight
storage[987] = -14'b00_00111100001;
storage[988] = 14'b00_10110101000;
storage[989] = -14'b00_01010010001;
	end

	always @(posedge clk) begin
		if(re==1) begin
			datata <= storage[address];
		end
    end
endmodule